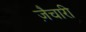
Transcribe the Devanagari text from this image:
ज़ैचारी